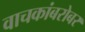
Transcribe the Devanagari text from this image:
वाचकांबरोबर